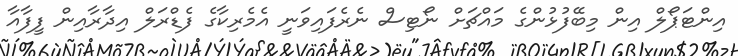
އިންޓަޕޯލް އިން މިބޭފުޅުންގެ މައްޗަށް ނޯޓިސް ނެރެފައިވަނީ އެމެރިކާގެ ފެޑްރަލް އިދާރާއިން ފީފާއާ